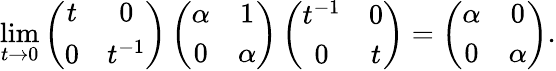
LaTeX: \operatorname*{lim}_{t\to 0}\left(\begin{array}{cc}{t}&{0}\\ {0}&{t^{-1}}\end{array}\right)\left(\begin{array}{cc}{\alpha}&{1}\\ {0}&{\alpha}\end{array}\right)\left(\begin{array}{cc}{t^{-1}}&{0}\\ {0}&{t}\end{array}\right)=\left(\begin{array}{cc}{\alpha}&{0}\\ {0}&{\alpha}\end{array}\right).